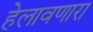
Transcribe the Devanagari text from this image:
हेलावणारा